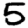
Digit: 5